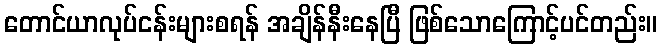
တောင်ယာလုပ်ငန်းများစရန် အချိန်နီးနေပြီ ဖြစ်သောကြောင့်ပင်တည်း။